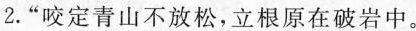
2.”咬定青山不放松，立根原在破岩中。